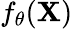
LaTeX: f_{\theta}(\mathbf{X})